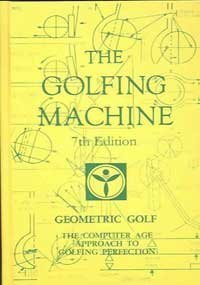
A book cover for The Golfing Machine, 7th Edition (2006); Homer Kelley; Sports & Outdoors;